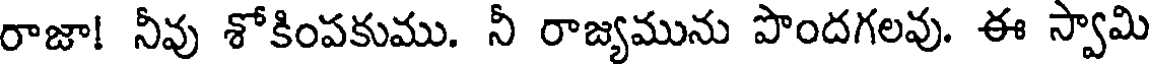
రాజా! నీవు శోకింపకుము. నీ రాజ్యమును పొందగలవు. ఈ స్వామి